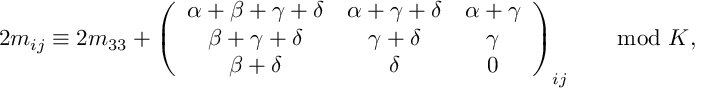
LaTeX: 2 m _ { i j } \equiv 2 m _ { 3 3 } + \left( \begin{array} { c c c } { { \alpha + \beta + \gamma + \delta } } & { { \alpha + \gamma + \delta } } & { { \alpha + \gamma } } \\ { { \beta + \gamma + \delta } } & { { \gamma + \delta } } & { { \gamma } } \\ { { \beta + \delta } } & { { \delta } } & { { 0 } } \end{array} \right) _ { i j } \qquad \mathrm { m o d } \ K ,